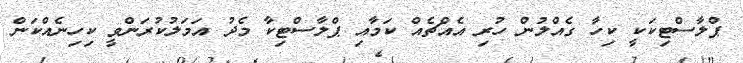
ޕްލާސްޓިކަކީ ކިހާ ގެއްލުން ހުރި އެއްޗެއް ކަމާއި ޕްލާސްޓިކާ މެދު އަމަލުކުރަންވީ ކިހިނެއްކަން